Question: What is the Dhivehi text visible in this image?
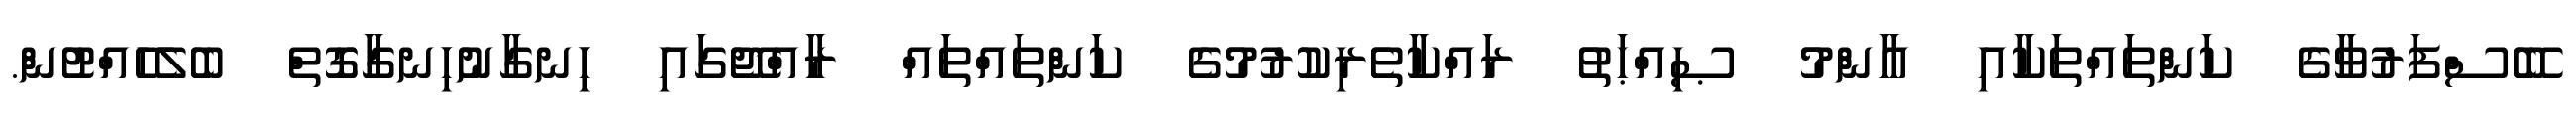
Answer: ބޭސްފަރުވާގެ ކަންތައްތަކާއި އާންމު ޞިއްޙަތު ރައްކާތެރިކުރުމުގެ ކަންތައްތައް ރާއްޖޭގައި ހިނގާނުހިނގާގޮތް ބެލެހެއްޓުން.